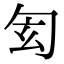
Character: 𠣖